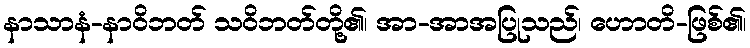
နာသာနံ-နာဝိဘတ် သဝိဘတ်တို့၏၊ အာ-အာအပြုသည်၊ ဟောတိ-ဖြစ်၏၊